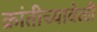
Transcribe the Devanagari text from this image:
क्रांतीच्यावेळी